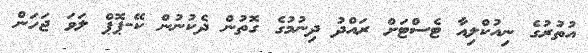
އުތުރުގެ ނިއުކްލިއާ ޓެސްޓަށް ރައްދު ދިނުމުގެ ގޮތުން ދެކުނުން ކޭ-ޕޮޕް ލަވަ ޖަހަން